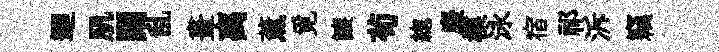
迴肌闊乱畫离薰覓譲茍緫麈模泳宿祁泝竊